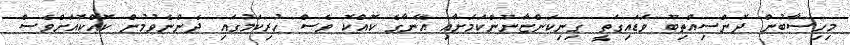
މިހިސާބުން ދޮންސިއްތިބޫ ވަޑައިގަތީ ގިނިކަންޏާނޫންކަމަށާއި އޭނާގެ ކޮއްކޮ ވެސް ހުރިކަމުގައި ދެންނެވުމުން ކޮއްކޮއަށްވެސް